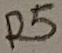
Text: R5